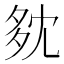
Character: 𡖓